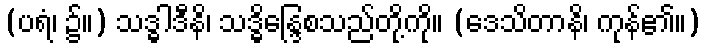
(ပရံ၊ ၌။) သဒ္ဓါဒီနိ၊ သဒ္ဓိန္ဒြေစသည်တို့ကို။ (ဒေသိတာနိ၊ ကုန်၏။)